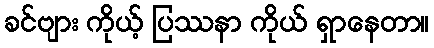
ခင်ဗျား ကိုယ့် ပြဿနာ ကိုယ် ရှာနေတာ။